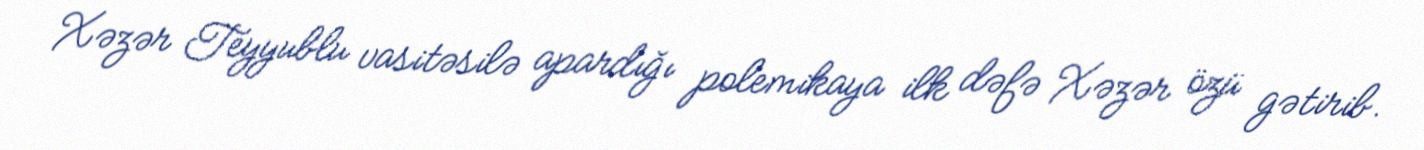
Xəzər Teyyublu vasitəsilə apardığı polemikaya ilk dəfə Xəzər özü gətirib.